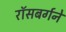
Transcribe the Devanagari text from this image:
रॉसबर्गने